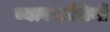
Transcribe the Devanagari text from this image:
व्यावसासियों